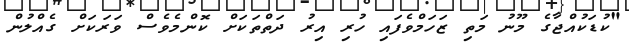
"ކުޑަކުއްޖާގެ މޫނު މަތި ޒަހަމްވެފައި ހުރި އިރު ދަތްތަކަށް ކޮންމެވެސް ވަރަކަށް ގެއްލުން